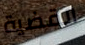
القضية